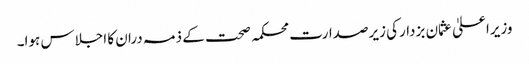
وزیراعلیٰ عثمان بزدارکی زیرصدارت محکمہ صحت کے ذمہ دران کا اجلاس ہوا۔